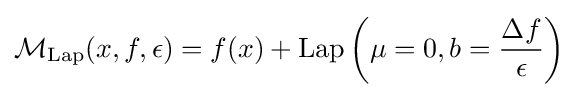
{\mathcal {M}}_{\mathrm {Lap} }(x,f,\epsilon )=f(x)+\mathrm {Lap} \left(\mu =0,b={\frac {\Delta f}{\epsilon }}\right)